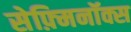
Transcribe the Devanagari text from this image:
सेफ़्मिनॉक्स